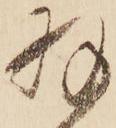
羽